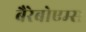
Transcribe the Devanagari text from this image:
बैरेबोएम्स